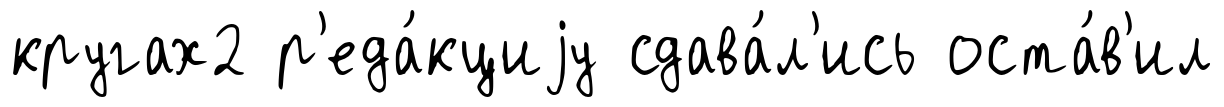
кругах2 р'еда́кциjу сдава́л'ись оста́в'ил